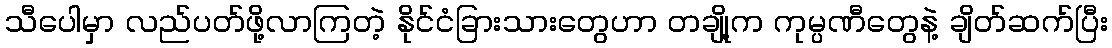
သီပေါမှာ လည်ပတ်ဖို့လာကြတဲ့ နိုင်ငံခြားသားတွေဟာ တချို့က ကုမ္ပဏီတွေနဲ့ ချိတ်ဆက်ပြီး